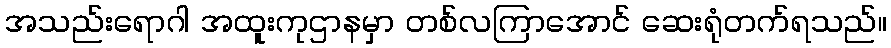
အသည်းရောဂါ အထူးကုဌာနမှာ တစ်လကြာအောင် ဆေးရုံတက်ရသည်။